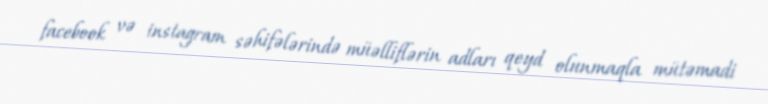
facebook və instagram səhifələrində müəlliflərin adları qeyd olunmaqla mütəmadi